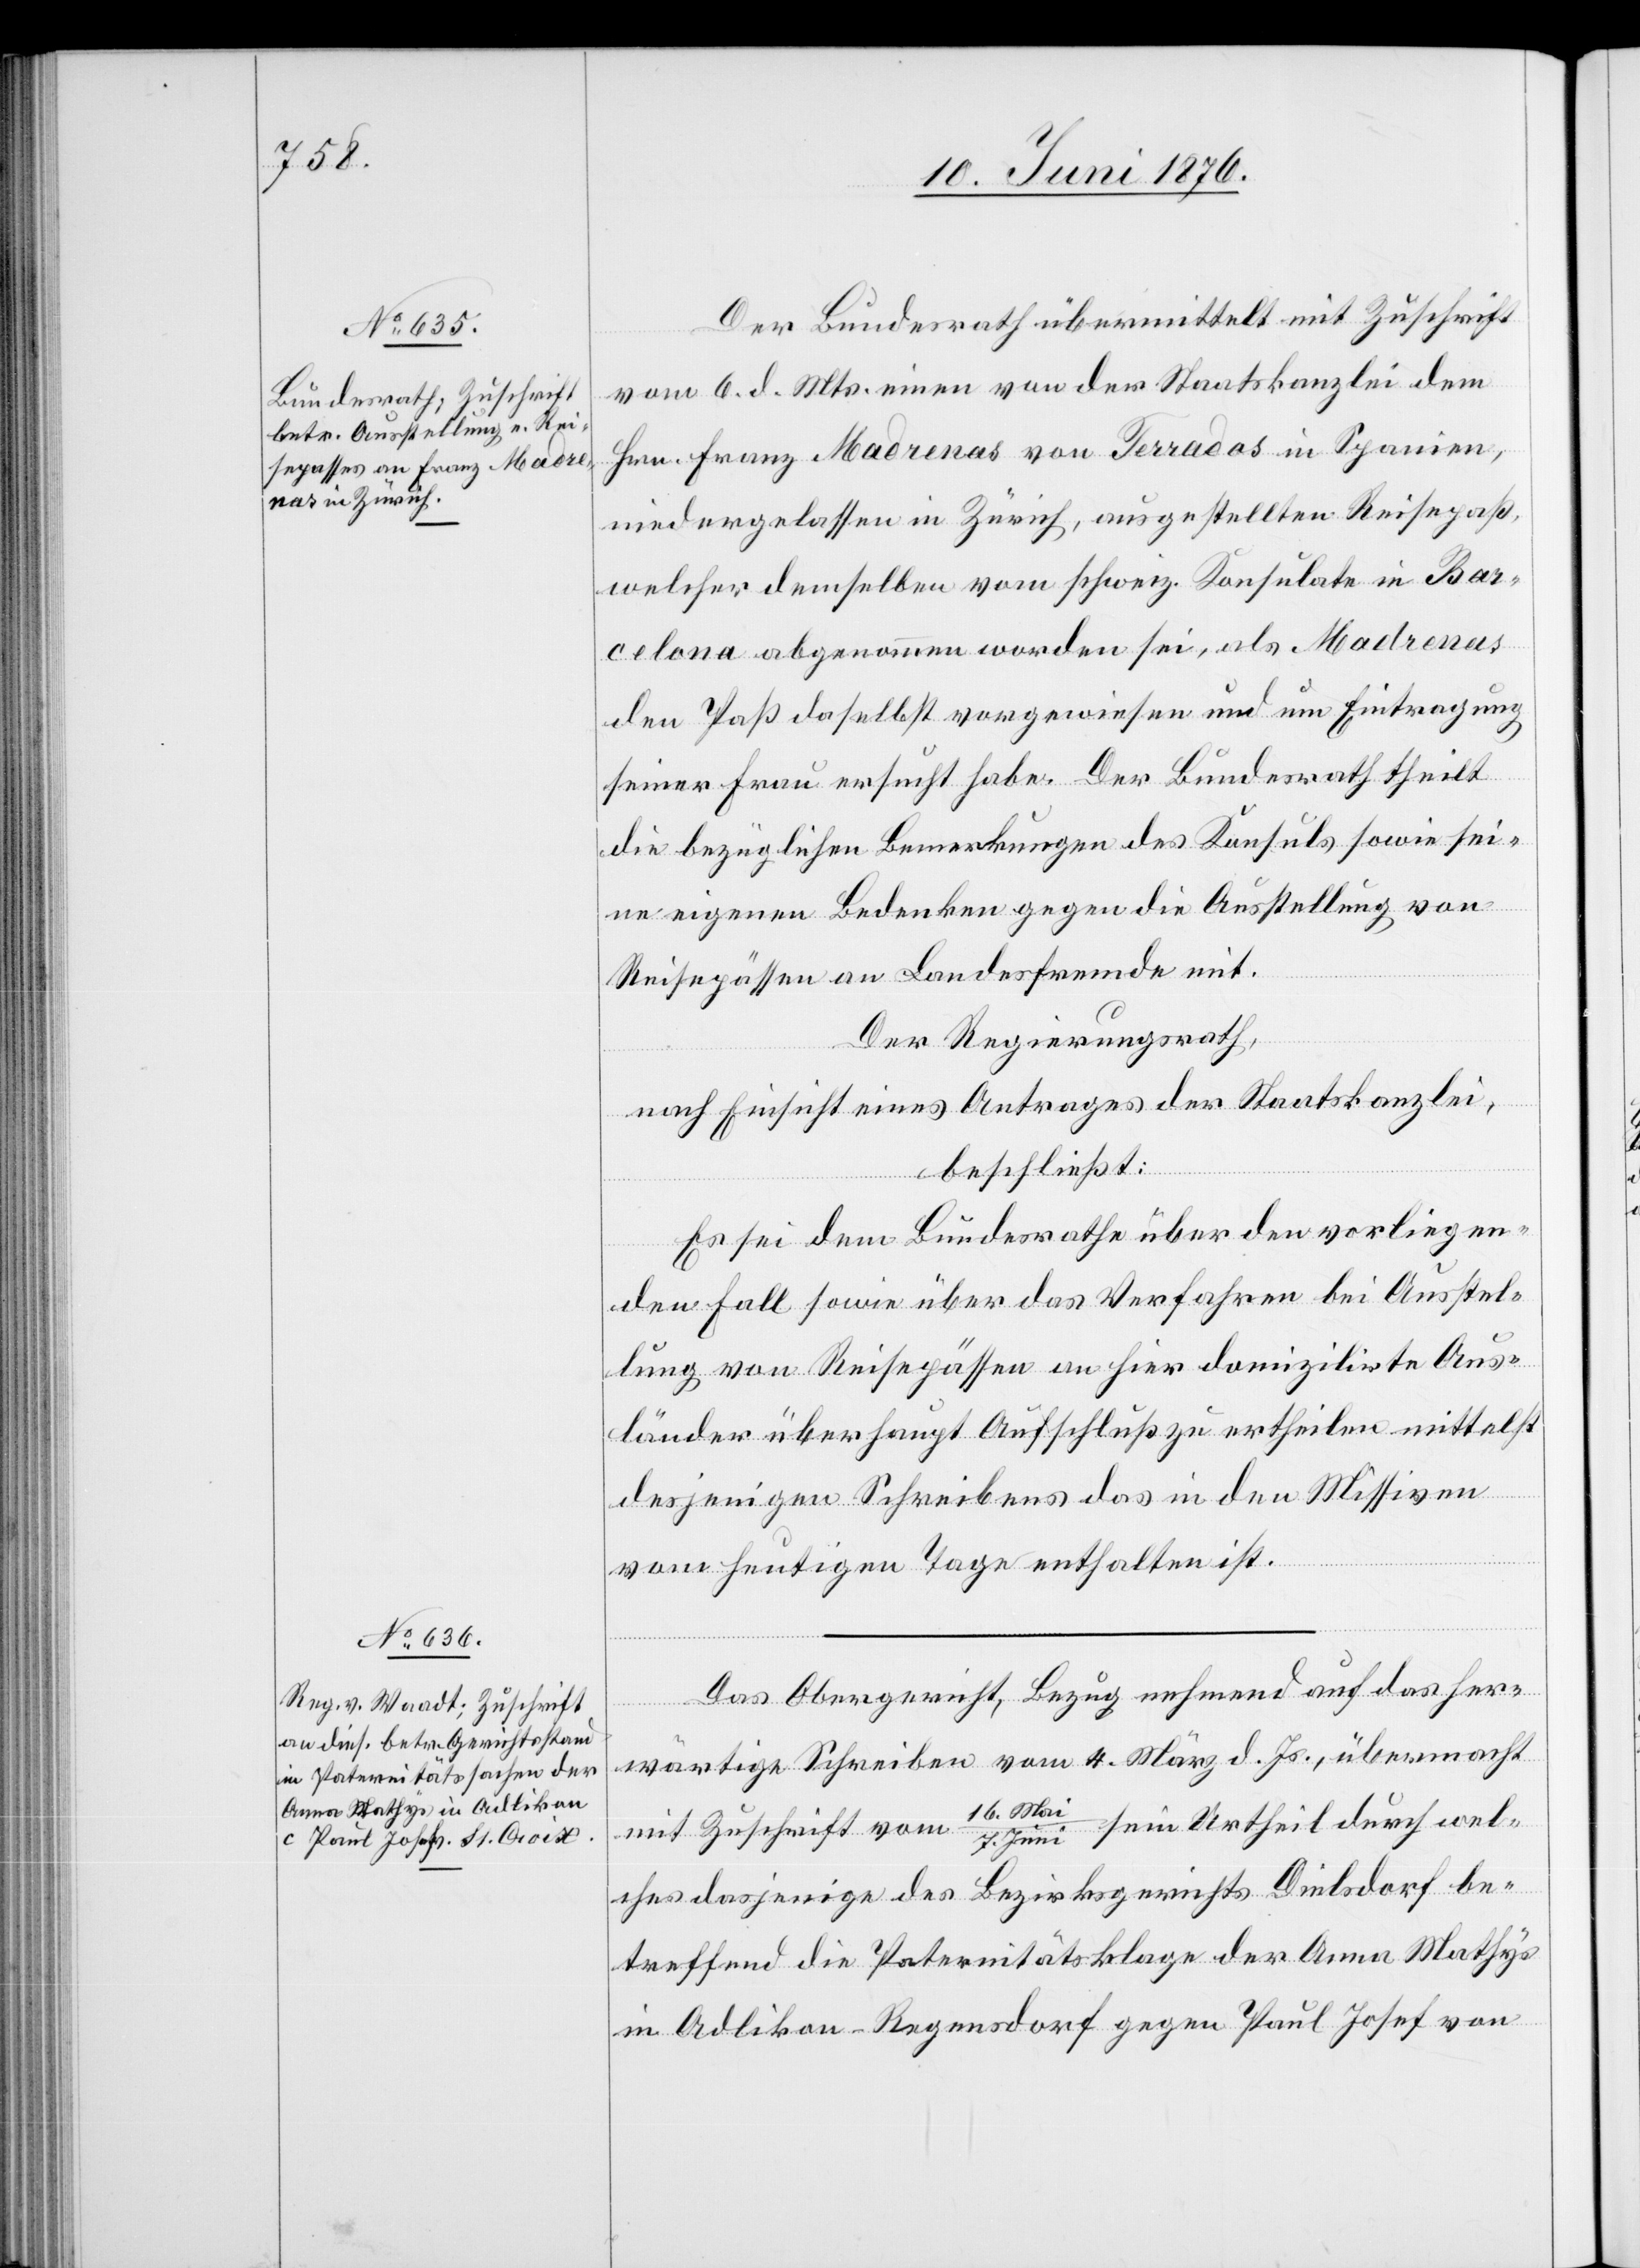
Der Bundesrath übermittelt mit Zuschrift
vom 6. vor. Mts. einen von der Staatskanzlei dem
Hrn. Franz Madrenas von Terrados [sic!] in Spanien,
niedergelassen in Zürich, ausgestellten Reisepaß,
welcher demselben vom schweiz. Konsulate in Bar¬
celona abgenommen worden sei, als Madrenas
den Paß daselbst vorgewiesen und um Eintragung
seiner Frau ersucht habe. Der Bundesrath theilt
die bezüglichen Bemerkungen des Konsuls sowie sei¬
ne eigenen Bedenken gegen die Ausstellung von
Reisepässen an Landesfremde mit.
Der Regierungsrath,
nach Einsicht eines Antrages der Staatskanzlei,
Ma¬
beschließt:
Es sei dem Bundesrath über den vorliegen¬
den Fall sowie über das Verfahren bei Ausstel¬
lung von Reisepässen an hier domizilirte Aus¬
länder überhaupt Aufschluß zu ertheilen mittelst
desjenigen Schreibens das in den Missiven
vom heutigen Tage enthalten ist.
Das Obergericht, Bezug nehmend auf das her¬
wärtige Schreiben vom 4. März d. Js., übermacht
16.
sein Urtheil durch wel¬
mit Zuschrift vom
i/7. Juni
ches dasjenige des Bezirksgerichts Dielsdorf be¬
treffend die Paternitätsklage der Anna Mathys
in Adlikon - Regensdorf gegen Paul Josef von